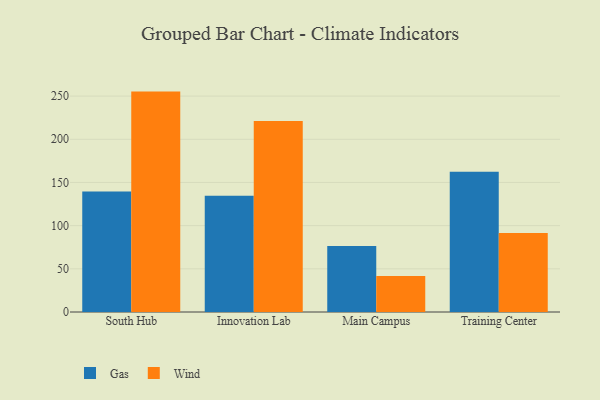
{"axis": {"x": "Campus", "y": "Headcount"}, "legend": ["Gas", "Wind"], "data": [{"x": "South Hub", "y": 139.4, "type": "Gas"}, {"x": "South Hub", "y": 255.2, "type": "Wind"}, {"x": "Innovation Lab", "y": 134.7, "type": "Gas"}, {"x": "Innovation Lab", "y": 221.3, "type": "Wind"}, {"x": "Main Campus", "y": 76.3, "type": "Gas"}, {"x": "Main Campus", "y": 41.8, "type": "Wind"}, {"x": "Training Center", "y": 162.3, "type": "Gas"}, {"x": "Training Center", "y": 91.4, "type": "Wind"}]}